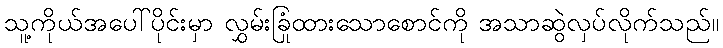
သူ့ကိုယ်အပေါ်ပိုင်းမှာ လွှမ်းခြုံထားသောစောင်ကို အသာဆွဲလှပ်လိုက်သည်။